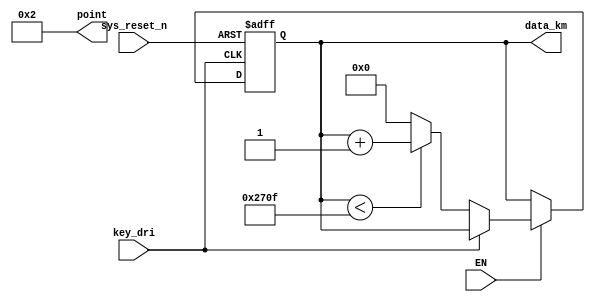
module count_km(
	input key_dri,
	input sys_reset_n,
	input EN,
	
	output reg [15:0] data_km,
	output [3:0] point
);

parameter max_km=16'd9999; 

assign point=4'b0010;

initial 
data_km<=16'b0;

always @(negedge key_dri or negedge sys_reset_n)
	begin
		if(!sys_reset_n)
			begin
				data_km<=16'b0;
			end
		else if(!EN)
			data_km<=data_km;
		else if(!key_dri)
			begin
				if(data_km<max_km)
					begin
						data_km<=data_km+1'b1;
					end
				else
					begin
						data_km<=16'd0;
					end
			end
	end

endmodule